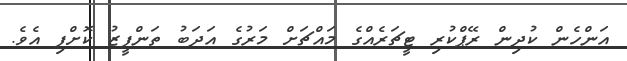
އަންހެން ކުދިން ރޭޕްކުރި ޓީޗަރެއްގެ މައްޗަށް މަރުގެ އަދަބު ތަންފީޒު ކޮށްފި އެވެ.